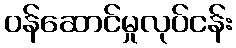
ဝန်ဆောင်မှုလုပ်ငန်း